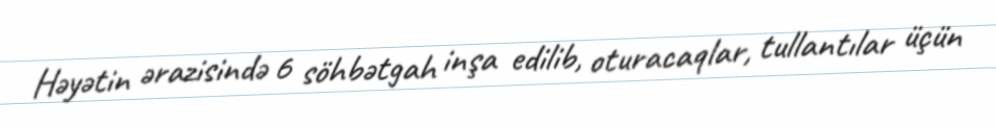
Həyətin ərazisində 6 söhbətgah inşa edilib, oturacaqlar, tullantılar üçün